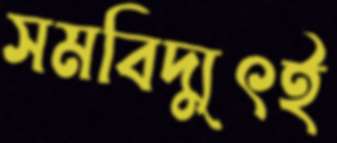
সমবিদ্যুৎই